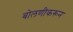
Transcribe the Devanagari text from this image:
बोलणीकरून